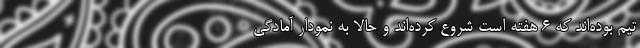
تیم بوده‌اند که 6 هفته است شروع کرده‌اند و حالا به نمودار آمادگی